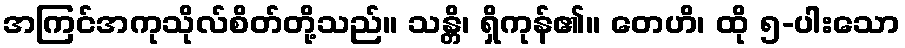
အကြင်အကုသိုလ်စိတ်တို့သည်။ သန္တိ၊ ရှိကုန်၏။ တေဟိ၊ ထို ၅-ပါးသော